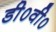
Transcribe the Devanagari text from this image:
डी०वी०